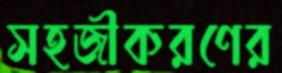
সহজীকরণের